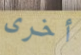
أخرى